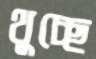
থুচ্ছে